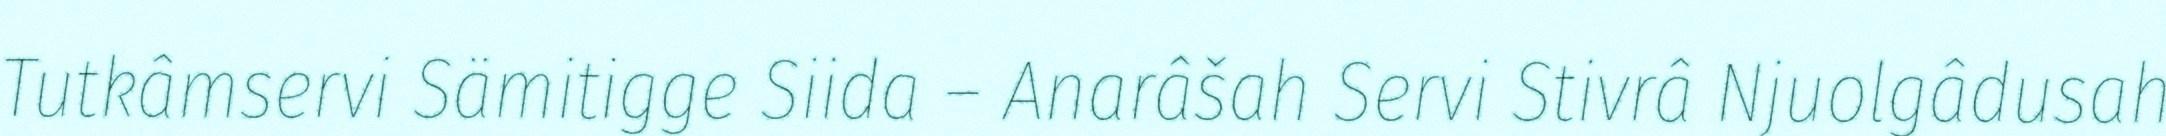
Tutkâmservi Sämitigge Siida – Anarâšah Servi Stivrâ Njuolgâdusah